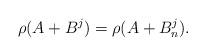
LaTeX: \begin{align*}\rho(A+B^j)=\rho(A+B_n^j). \end{align*}